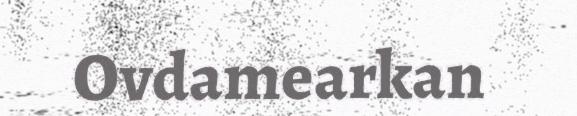
Ovdamearkan